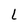
Character: l